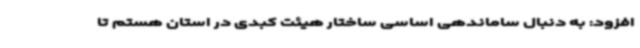
افزود: به دنبال ساماندهی اساسی ساختار هیئت کبدی در استان هستم تا